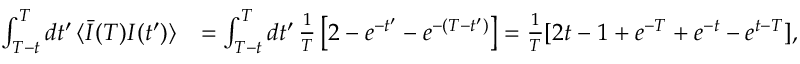
\begin{array} { r l } { \int _ { T - t } ^ { T } d t ^ { \prime } \, \langle \bar { I } ( T ) I ( t ^ { \prime } ) \rangle } & { = \int _ { T - t } ^ { T } d t ^ { \prime } \, \frac { 1 } { T } \left[ 2 - e ^ { - t ^ { \prime } } - e ^ { - ( T - t ^ { \prime } ) } \right] = \frac { 1 } { T } [ 2 t - 1 + e ^ { - T } + e ^ { - t } - e ^ { t - T } ] , } \end{array}